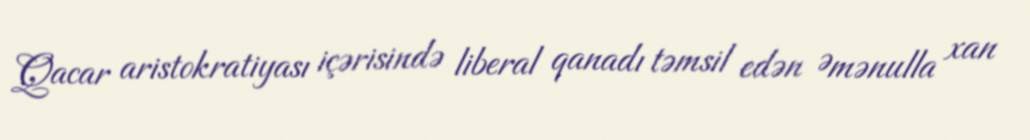
Qacar aristokratiyası içərisində liberal qanadı təmsil edən Əmənulla xan